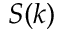
S ( k )